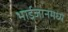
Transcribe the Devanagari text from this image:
भाईजानमध्ये